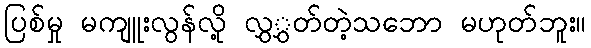
ပြစ်မှု မကျူးလွန်လို့ လွှွှတ်တဲ့သဘော မဟုတ်ဘူး။